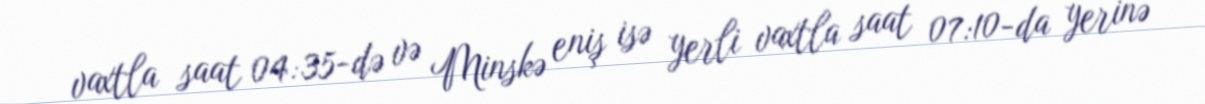
vaxtla saat 04:35-də və Minskə eniş isə yerli vaxtla saat 07:10-da yerinə